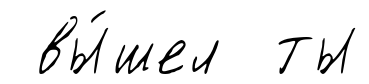
вы́шел ты